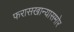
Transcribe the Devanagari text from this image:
फरासखान्यासमोर